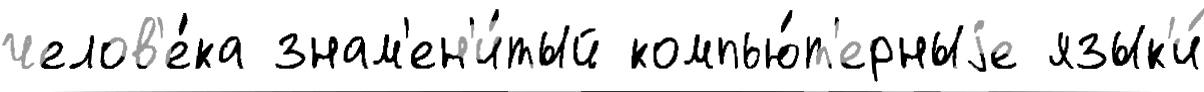
челов'е́ка знам'ен'и́тый компью́т'ерныjе язык'и́